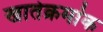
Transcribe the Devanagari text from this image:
खातेक्रमांक